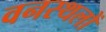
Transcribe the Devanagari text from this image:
वनस्थलों